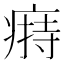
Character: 𤸟